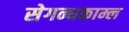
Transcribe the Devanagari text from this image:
सेगन्धकाम्ल